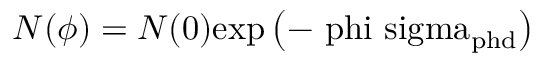
N ( \phi ) = N ( 0 ) \mathrm { { e x p } \left( - \ p h i \ s i g m a _ { \mathrm { { p h d } } } \right) }